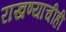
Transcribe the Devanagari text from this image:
राखण्याचीही